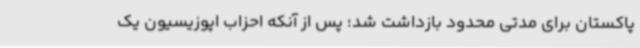
پاکستان برای مدتی محدود بازداشت شد؛ پس از آنکه احزاب اپوزیسیون یک